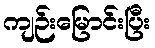
ကျဉ်းမြောင်းပြီး